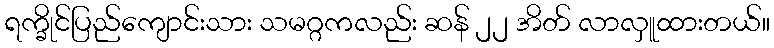
ရက္ခိုင်ပြည်ကျောင်းသား သမဂ္ဂကလည်း ဆန် ၂၂ အိတ် လာလှူထားတယ်။